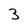
Character: 3